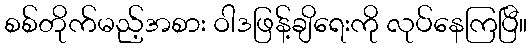
စစ်တိုက်မည့်အစား ဝါဒဖြန့်ချိရေးကို လုပ်နေကြပြီ။